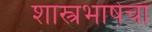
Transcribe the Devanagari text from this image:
शास्त्रभाषेचा